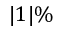
| 1 | \%